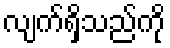
လျက်ရှိသည်ကို